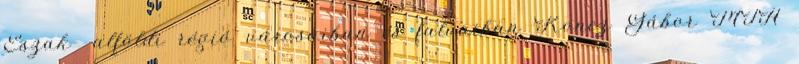
Észak- alföldi régió városaiban és falvaiban Koncz Gábor MTA